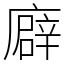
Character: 廦